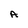
Character: A